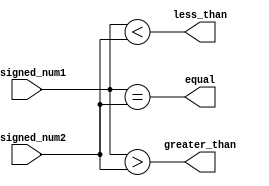
module unsigned_comparator (
    input [7:0] unsigned_num1,
    input [7:0] unsigned_num2,
    output wire greater_than,
    output wire less_than,
    output wire equal
);

assign greater_than = (unsigned_num1 > unsigned_num2);
assign less_than = (unsigned_num1 < unsigned_num2);
assign equal = (unsigned_num1 == unsigned_num2);

endmodule